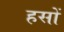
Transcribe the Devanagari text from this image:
हसों